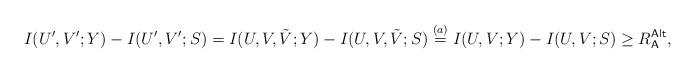
LaTeX: \begin{align*}I(U',V';Y)-I(U',V';S)=I(U,V,\tilde{V};Y)- I(U,V,\tilde{V};S)\stackrel{(a)}=I(U,V;Y)-I(U,V;S)\geq R_\mathsf{A}^\mathsf{Alt},\end{align*}